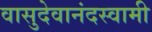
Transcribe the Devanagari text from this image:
वासुदेवानंदस्वामी